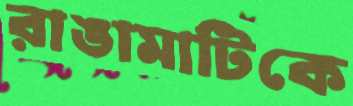
রাঙামাটিকে